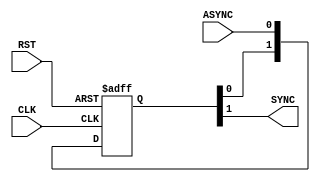


/////////////////////////////////////////////////////////////
///////////////////// bit synchronizer //////////////////////
/////////////////////////////////////////////////////////////

module BIT_SYNC # ( 
   parameter NUM_STAGES = 2 ,
	 parameter BUS_WIDTH = 1 
)(
input    wire                      CLK,
input    wire                      RST,
input    wire    [BUS_WIDTH-1:0]   ASYNC,
output   reg     [BUS_WIDTH-1:0]   SYNC
);


reg   [NUM_STAGES-1:0] sync_reg [BUS_WIDTH-1:0] ;

integer  I ;
					 
//----------------- Multi flop synchronizer --------------

always @(posedge CLK or negedge RST)
 begin
  if(!RST)      // active low
   begin
     for (I=0; I<BUS_WIDTH; I=I+1)
      sync_reg[I] <= 'b0 ;
   end
  else
   begin
    for (I=0; I<BUS_WIDTH; I=I+1)
     sync_reg[I] <= {sync_reg[I][NUM_STAGES-2:0],ASYNC[I]};   // {SYNC,sync_reg} <= {sync_reg[NUM_STAGES-1:0],ASYNC};
   end  
 end


always @(*)
 begin
  for (I=0; I<BUS_WIDTH; I=I+1)
    SYNC[I] = sync_reg[I][NUM_STAGES-1] ; 
 end  

endmodule